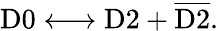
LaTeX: \mathrm{D0}\longleftrightarrow\mathrm{D2}+{\overline{{\mathrm{D2}}}}.